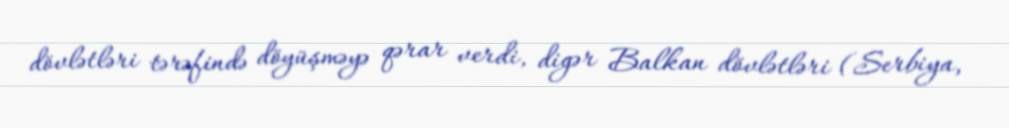
dövlətləri tərəfində döyüşməyə qərar verdi, digər Balkan dövlətləri (Serbiya,